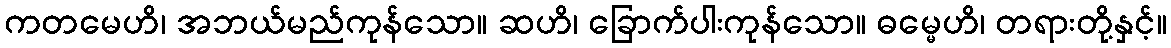
ကတမေဟိ၊ အဘယ်မည်ကုန်သော။ ဆဟိ၊ ခြောက်ပါးကုန်သော။ ဓမ္မေဟိ၊ တရားတို့နှင့်။